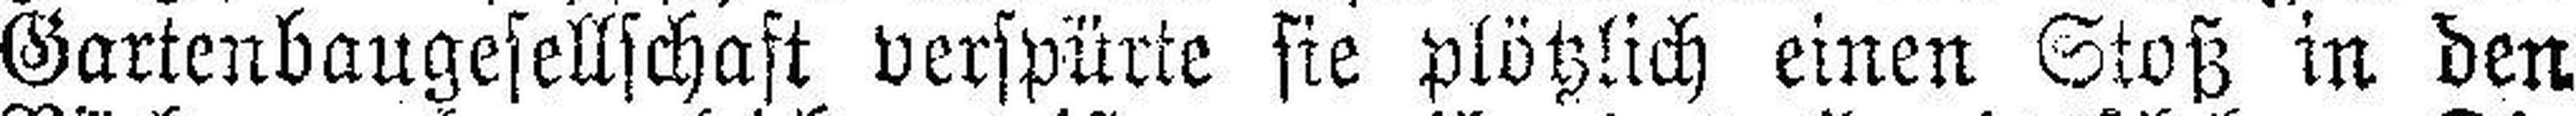
Gartenbaugesellschaft verspürte sie plötzlich einen Stoß in den